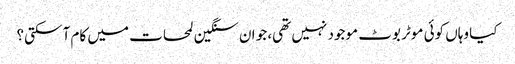
کیا وہاں کوئی موٹر بوٹ موجود نہیں تھی، جو ان سنگین لمحات میں کام آ سکتی؟